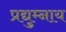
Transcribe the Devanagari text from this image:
प्रद्युम्नाय